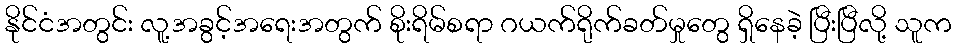
နိုင်ငံအတွင်း လူ့အခွင့်အရေးအတွက် စိုးရိမ်စရာ ဂယက်ရိုက်ခတ်မှုတွေ ရှိနေခဲ့ ပြီးပြီလို့ သူက